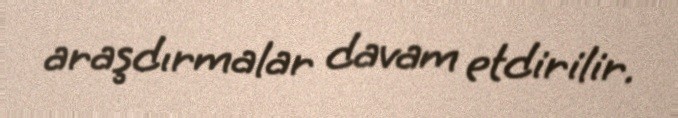
araşdırmalar davam etdirilir.